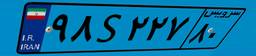
۲۴S۹۵۷۲۴